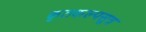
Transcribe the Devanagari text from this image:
कृतकल्पसूत्र